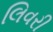
લિવરી